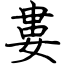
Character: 婁